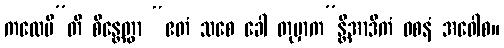
ကထေမီ”တိ စိန္တေတွာ “ဧတံ သစေ ခေါ တုမှာက”န္တိအာဒိကံ ဝစနံ အဝေါစ။